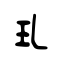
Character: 玌